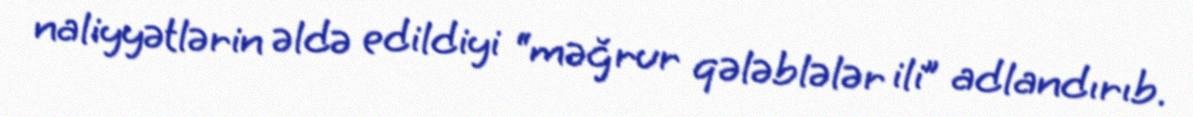
naliyyətlərin əldə edildiyi “məğrur qələblələr ili” adlandırıb.